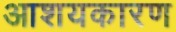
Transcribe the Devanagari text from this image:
आशयकारण